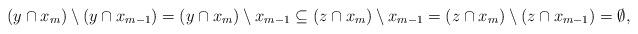
LaTeX: \begin{align*}(y \cap x_m) \setminus (y \cap x_{m-1}) =(y \cap x_m) \setminus x_{m-1} \subseteq(z \cap x_m) \setminus x_{m-1} =(z \cap x_m) \setminus (z \cap x_{m-1}) = \emptyset,\end{align*}